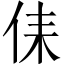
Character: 㑍